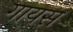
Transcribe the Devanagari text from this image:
गायस